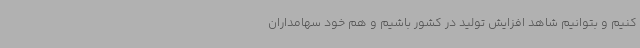
کنیم و بتوانیم شاهد افزایش تولید در کشور باشیم و هم خود سهامداران